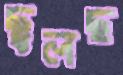
ছুলছ